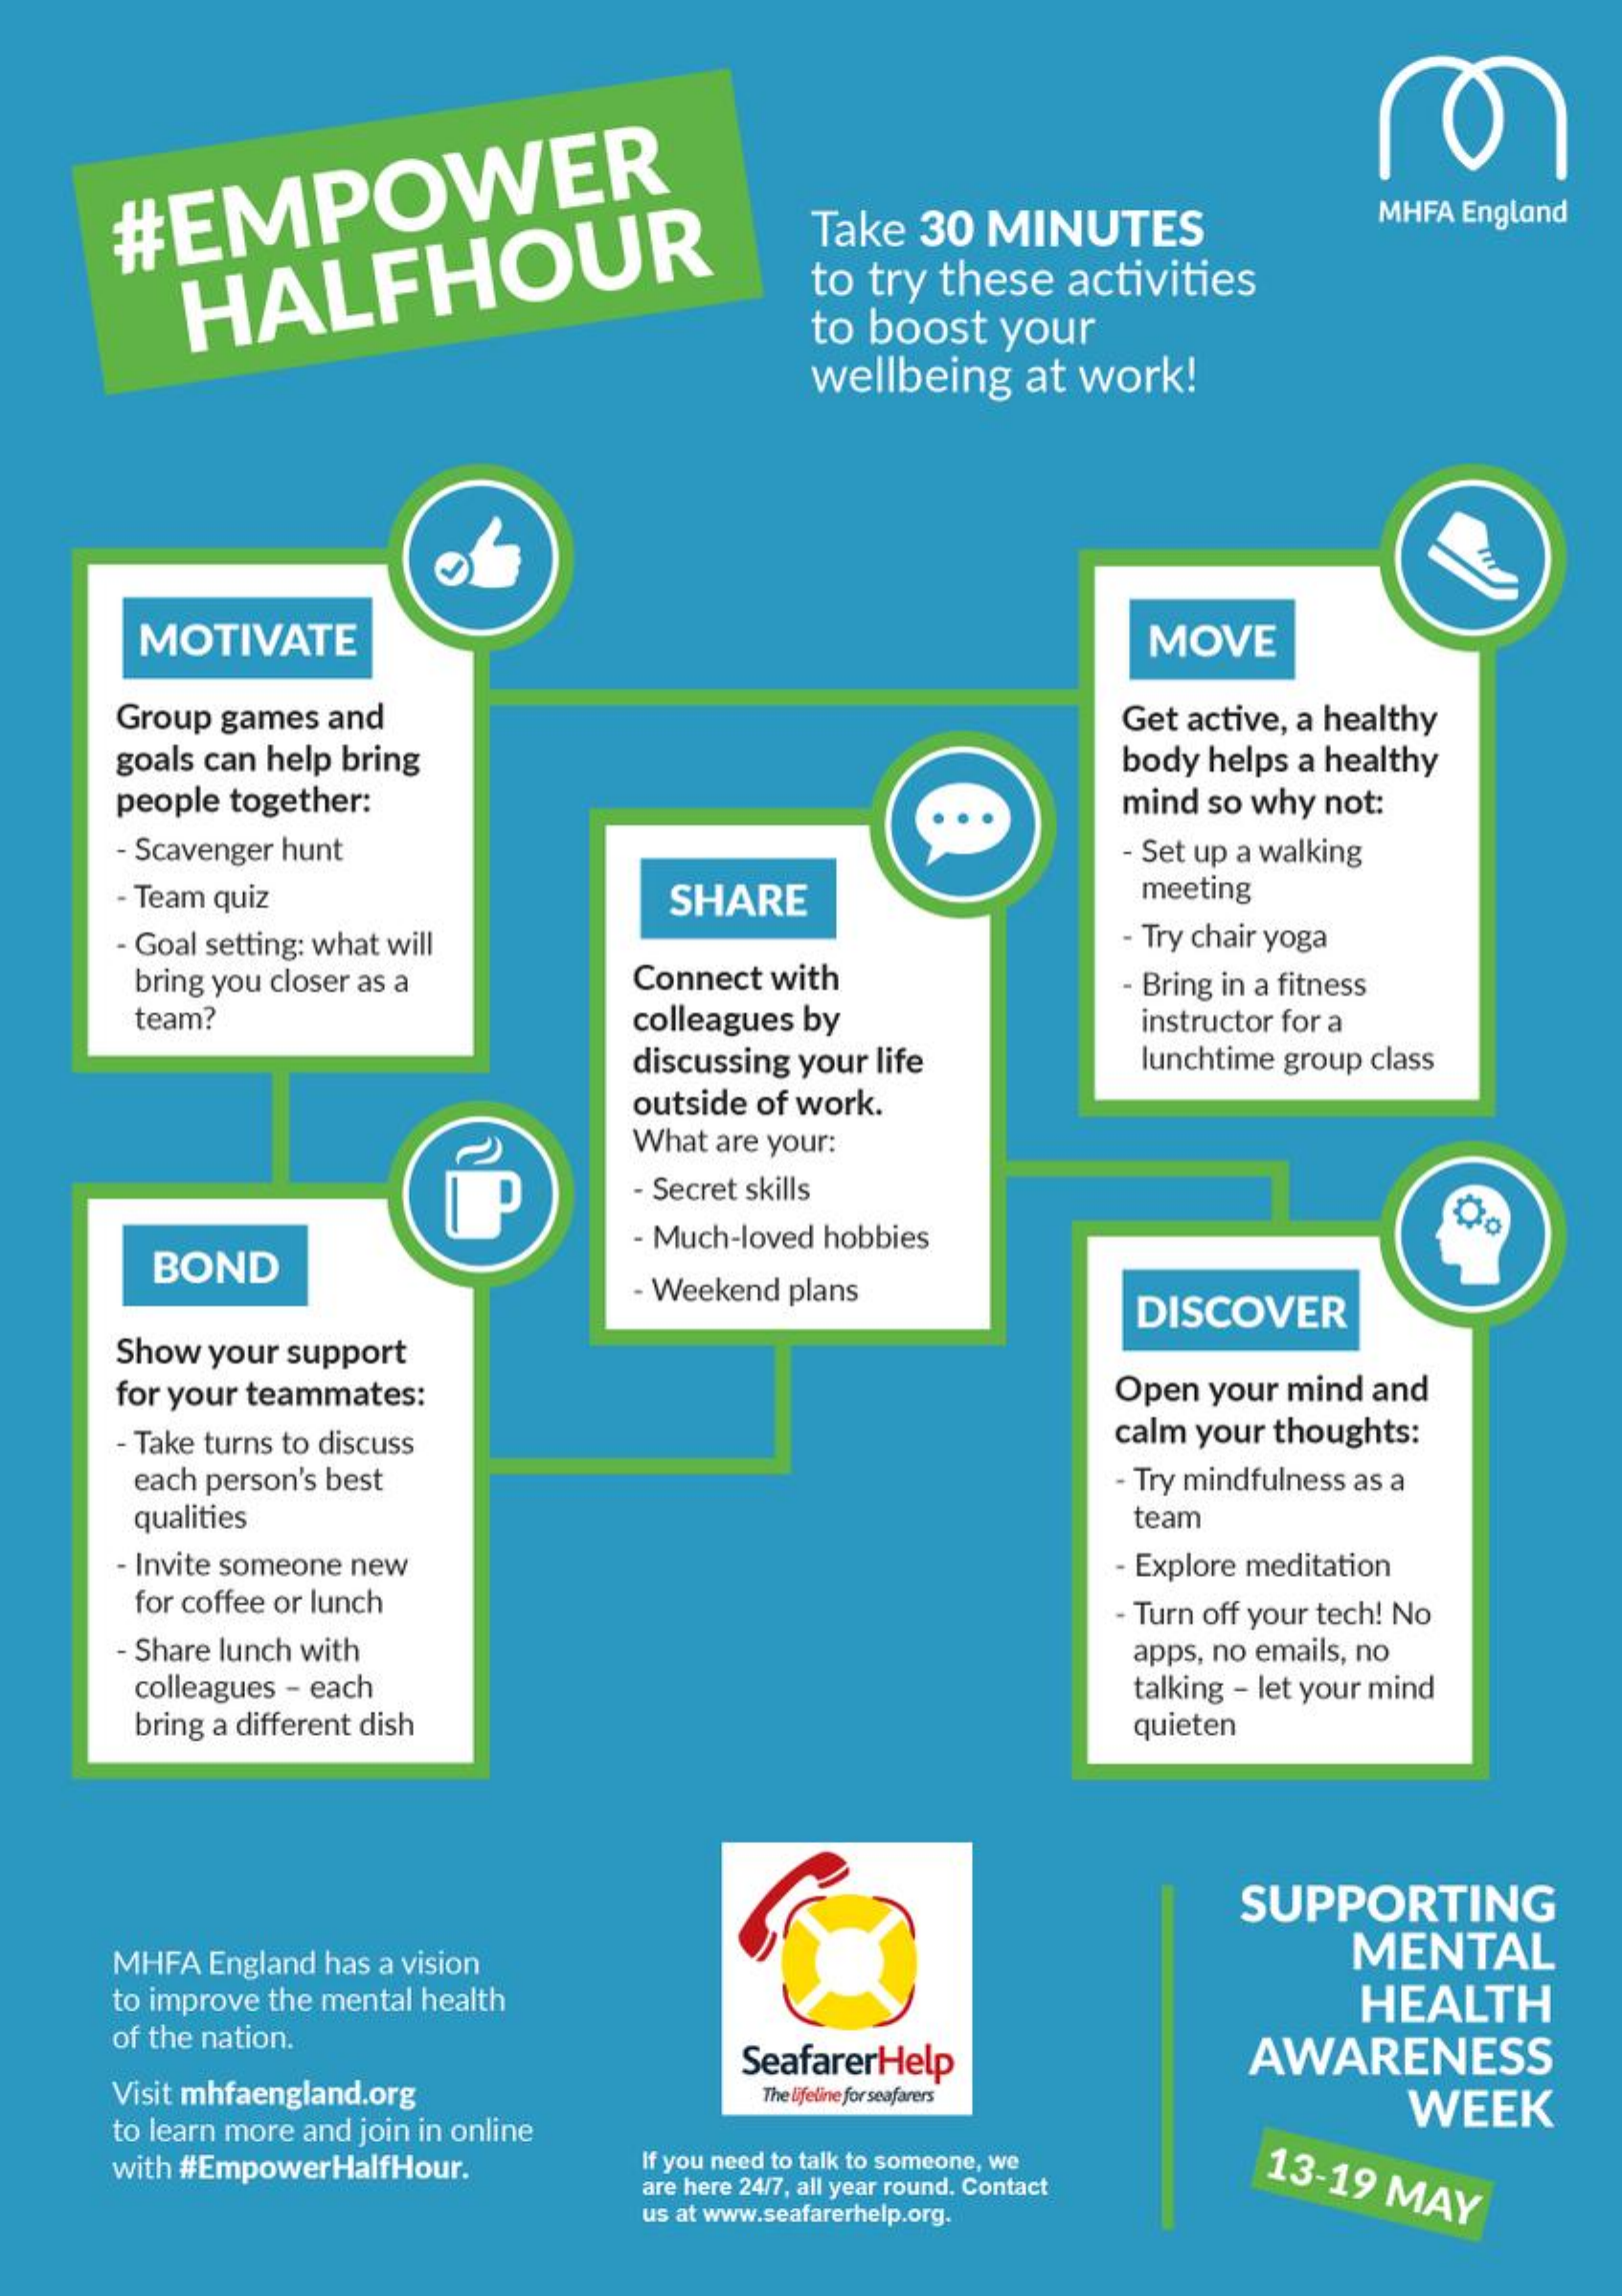
#EMPOWER
     Take   30  MINUTES    MHFA England
     HALFHOUR    to  try these    activities
     to  boost   your
     wellbeing    at work!
     MOTIVATE    MOVE
     Group games  and    Get active, a healthy
     goals can help bring    body helps a healthy
     people together:    mind  so why not:
     - Scavenger hunt    - Set up a walking
     - Team quiz    SHARE    meeting
     - Goal setting: what will    Try chair yoga
     bring you closer as a    Connect with    - Bring in a fitness
     team?    colleagues by    instructor for a
     discussing your life    lunchtime group class
     outside of work.
     What are your:
     - Secret skills
     BOND
     - Much-loved hobbies
     - Weekend plans
     DISCOVER
     Show your support
     for your teammates:    Open  your mind and
     - Take turns to discuss    calm your thoughts:
     each person's best    - Try mindfulness as a
     qualities    team
     - Invite someone new    - Explore meditation
     for coffee or lunch    - Turn off your tech! No
     Share lunch with    apps, no emails, no
     colleagues - each    talking - let your mind
     bring a different dish    quieten
     SUPPORTING
     MHFA  England has a vision    MENTAL
     to improve the mental health    HEALTH
     of the nation.    AWARENESS
     Visit mhfaengland.org
     SeafarerHelp
     The lifeline for seafarers
     to learn more and join in online
     WEEK
     with #EmpowerHalfHour.    If you need to talk to someone, we    13-19   MAY are here 24/7, all year round. Contact
     us at www.seafarerhelp.org.